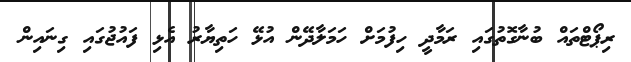
ރިޕޯޓްތައް ބުނާގޮތުގައި ރަމާދީ ހިފުމަށް ހަމަލާދޭން އުޅޭ ހަތިޔާރު އެޅި ފައުޖުގައި ގިނައިން